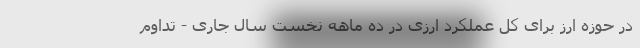
در حوزه ارز برای کل عملکرد ارزی در ده ماهه نخست سال جاری - تداوم